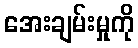
အေးချမ်းမှုကို